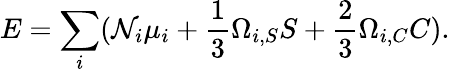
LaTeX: E=\sum_{i}(\mathcal{N}_{i}\mu_{i}+{\frac{{1}}{{3}}}\Omega_{i,S}S+{\frac{{2}}{{3}}}\Omega_{i,C}C).